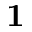
\textbf { 1 }